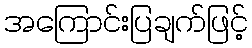
အကြောင်းပြချက်ဖြင့်